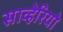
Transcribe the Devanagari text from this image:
साव्हेरियो